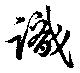
識